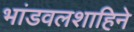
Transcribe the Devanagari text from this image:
भांडवलशाहिने